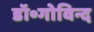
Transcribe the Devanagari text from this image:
डॉ॰गोविन्द